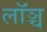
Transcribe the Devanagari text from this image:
लॉञ्च